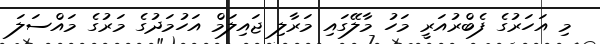
މި އަހަރުގެ ފެބްރުއަރީ މަހު މާލޭގައި މަރާލި ޖައިލަމް އަހުމަދުގެ މަރުގެ މައްސަލަ